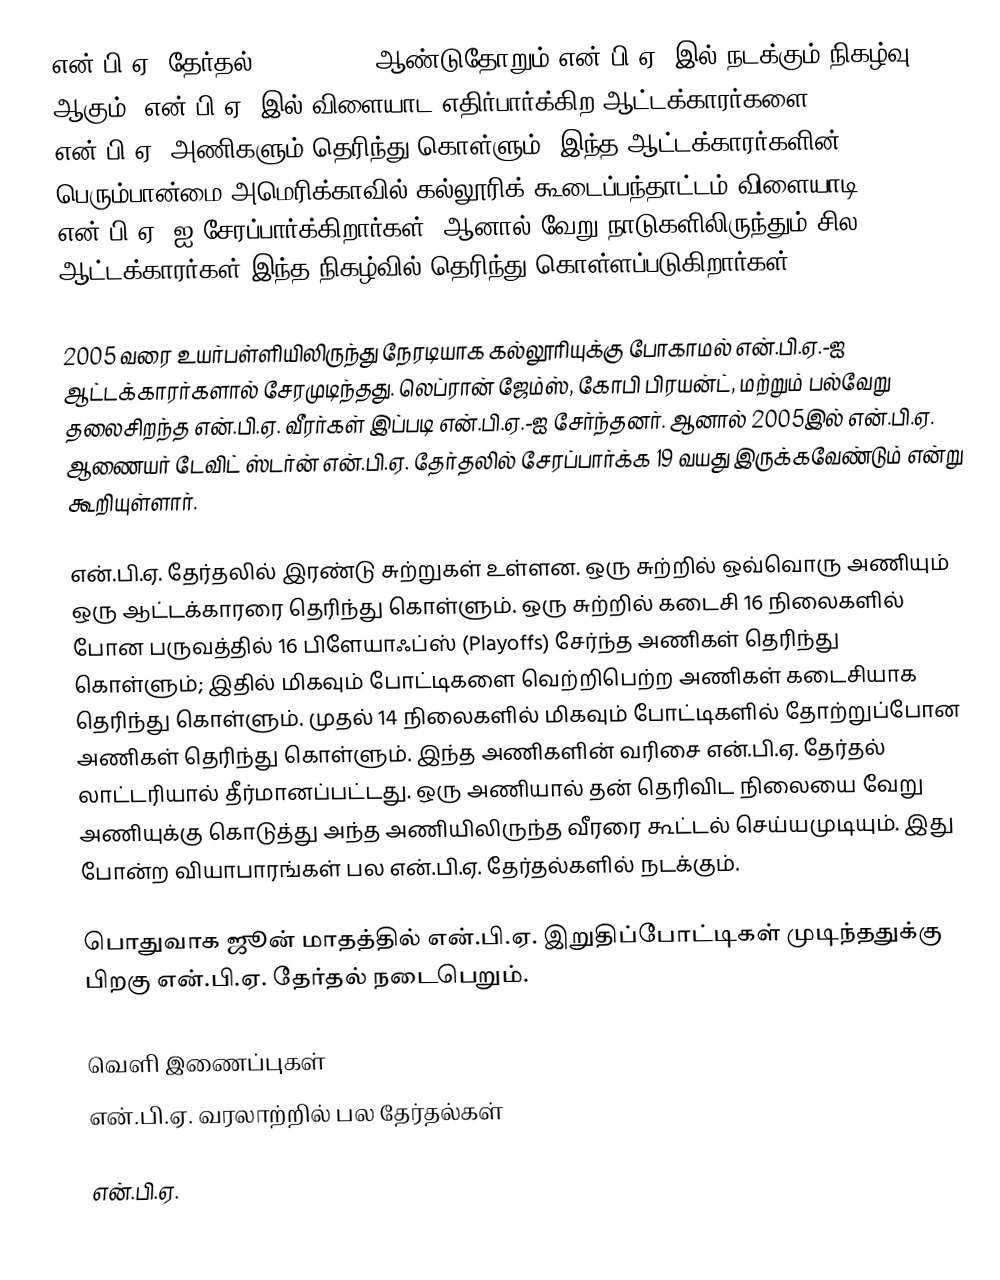
என்.பி.ஏ. தேர்தல் (NBA Draft) ஆண்டுதோறும் என்.பி.ஏ.-இல் நடக்கும் நிகழ்வு ஆகும். என்.பி.ஏ.-இல் விளையாட எதிர்பார்க்கிற ஆட்டக்காரர்களை 30 என்.பி.ஏ. அணிகளும் தெரிந்து கொள்ளும். இந்த ஆட்டக்காரர்களின் பெரும்பான்மை அமெரிக்காவில் கல்லூரிக் கூடைப்பந்தாட்டம் விளையாடி என்.பி.ஏ.-ஐ சேரப்பார்க்கிறார்கள், ஆனால் வேறு நாடுகளிலிருந்தும் சில ஆட்டக்காரர்கள் இந்த நிகழ்வில் தெரிந்து கொள்ளப்படுகிறார்கள்.

2005 வரை உயர்பள்ளியிலிருந்து நேரடியாக கல்லூரியுக்கு போகாமல் என்.பி.ஏ.-ஐ ஆட்டக்காரர்களால் சேரமுடிந்தது. லெப்ரான் ஜேம்ஸ், கோபி பிரயன்ட், மற்றும் பல்வேறு தலைசிறந்த என்.பி.ஏ. வீரர்கள் இப்படி என்.பி.ஏ.-ஐ சேர்ந்தனர். ஆனால் 2005இல் என்.பி.ஏ. ஆணையர் டேவிட் ஸ்டர்ன் என்.பி.ஏ. தேர்தலில் சேரப்பார்க்க 19 வயது இருக்கவேண்டும் என்று கூறியுள்ளார்.

என்.பி.ஏ. தேர்தலில் இரண்டு சுற்றுகள் உள்ளன. ஒரு சுற்றில் ஒவ்வொரு அணியும் ஒரு ஆட்டக்காரரை தெரிந்து கொள்ளும். ஒரு சுற்றில் கடைசி 16 நிலைகளில் போன பருவத்தில் 16 பிளேயாஃப்ஸ் (Playoffs) சேர்ந்த அணிகள் தெரிந்து கொள்ளும்; இதில் மிகவும் போட்டிகளை வெற்றிபெற்ற அணிகள் கடைசியாக தெரிந்து கொள்ளும். முதல் 14 நிலைகளில் மிகவும் போட்டிகளில் தோற்றுப்போன அணிகள் தெரிந்து கொள்ளும். இந்த அணிகளின் வரிசை என்.பி.ஏ. தேர்தல் லாட்டரியால் தீர்மானப்பட்டது. ஒரு அணியால் தன் தெரிவிட நிலையை வேறு அணியுக்கு கொடுத்து அந்த அணியிலிருந்த வீரரை கூட்டல் செய்யமுடியும். இது போன்ற வியாபாரங்கள் பல என்.பி.ஏ. தேர்தல்களில் நடக்கும்.

பொதுவாக ஜூன் மாதத்தில் என்.பி.ஏ. இறுதிப்போட்டிகள் முடிந்ததுக்கு பிறகு என்.பி.ஏ. தேர்தல் நடைபெறும்.

வெளி இணைப்புகள்
 என்.பி.ஏ. வரலாற்றில் பல தேர்தல்கள்

என்.பி.ஏ.